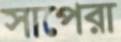
সাপেরা